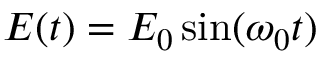
E ( t ) = E _ { 0 } \sin ( \omega _ { 0 } t )